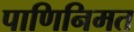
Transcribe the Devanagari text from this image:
पाणिनिमत